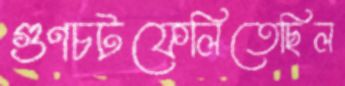
গুণচটফেলিতেছিল